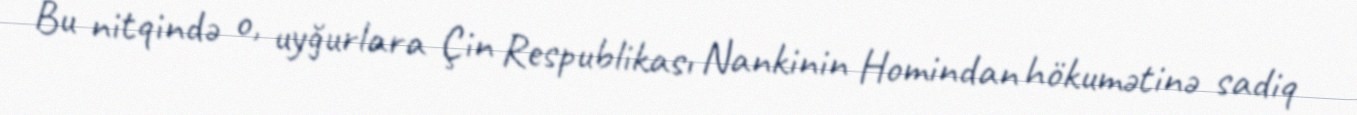
Bu nitqində o, uyğurlara Çin Respublikası Nankinin Homindan hökumətinə sadiq